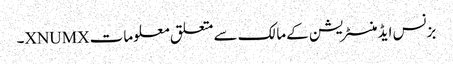
بزنس ایڈمنسٹریشن کے مالک سے متعلق معلومات XNUMX۔